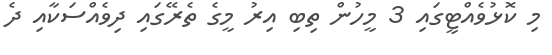
މި ކޮޅުވެއްޓީގައި 3 މީހުން ތިބި އިރު މީގެ ތެރޭގައި ދިވެއްސަކާއި ދެ